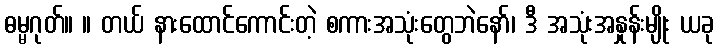
ဓမ္မဂုတ်။ ။ တယ် နားထောင်ကောင်းတဲ့ စကားအသုံးတွေဘဲနော်၊ ဒီ အသုံးအနှုန်းမျိုး ယခု